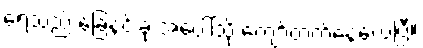
ရေသည် ခြေနင်းခုံ အပေါ်သို့ ကျော်တက်နေလေပြီ။